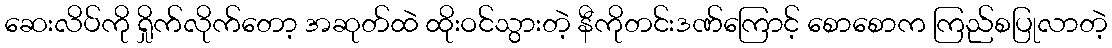
ဆေးလိပ်ကို ရှိုက်လိုက်တော့ အဆုတ်ထဲ ထိုးဝင်သွားတဲ့ နီကိုတင်းဒဏ်ကြောင့် စောစောက ကြည်စပြုလာတဲ့